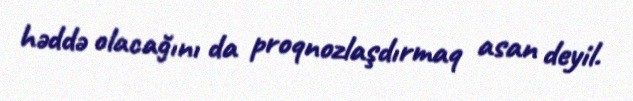
həddə olacağını da proqnozlaşdırmaq asan deyil.